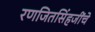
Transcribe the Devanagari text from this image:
रणजितसिंहजींचे